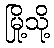
မြို့သို့